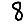
Digit: 8